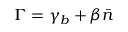
\Gamma = \gamma _ { b } + \beta \bar { n }